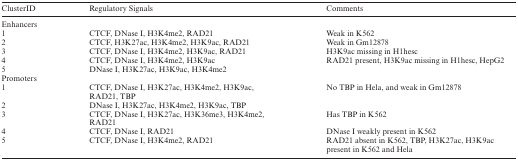
<table><thead><tr><td><b>ClusterID</b></td><td><b>Regulatory Signals</b></td><td><b>Comments</b></td></tr></thead><tbody><tr><td colspan="3">Enhancers</td></tr><tr><td>1</td><td>CTCF, DNase I, H3K4me2, RAD21</td><td>Weak in K562</td></tr><tr><td>2</td><td>CTCF, H3K27ac, H3K4me2, H3K9ac, RAD21</td><td>Weak in Gm12878</td></tr><tr><td>3</td><td>CTCF, DNase I, H3K4me2, H3K9ac, RAD21</td><td>H3K9ac missing in H1hesc</td></tr><tr><td>4</td><td>CTCF, DNase I, H3K4me2, H3K9ac</td><td>RAD21 present, H3K9ac missing in H1hesc, HepG2</td></tr><tr><td>5</td><td>DNase I, H3K27ac, H3K9ac, H3K4me2</td><td>[EMPTY_CELL]</td></tr><tr><td>Promoters</td><td>[EMPTY_CELL]</td><td>[EMPTY_CELL]</td></tr><tr><td>1</td><td>CTCF, DNase I, H3K27ac, H3K4me2, H3K9ac, RAD21, TBP</td><td>No TBP in Hela, and weak in Gm12878</td></tr><tr><td>2</td><td>DNase I, H3K27ac, H3K4me2, H3K9ac, TBP</td><td>[EMPTY_CELL]</td></tr><tr><td>3</td><td>CTCF, DNase I, H3K27ac, H3K36me3, H3K4me2, RAD21</td><td>Has TBP in K562</td></tr><tr><td>4</td><td>CTCF, DNase I, RAD21</td><td>DNase I weakly present in K562</td></tr><tr><td>5</td><td>CTCF, DNase I, H3K4me2, RAD21</td><td>RAD21 absent in K562, TBP, H3K27ac, H3K9ac present in K562 and Hela</td></tr></tbody></table>